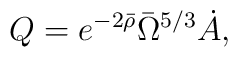
Q   =  e^{-2 \bar{\rho}} \bar{\Omega}^{5/3}  \dot{A} ,